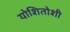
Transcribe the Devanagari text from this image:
योशितोशी